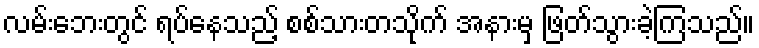
လမ်းဘေးတွင် ရပ်နေသည့် စစ်သားတသိုက် အနားမှ ဖြတ်သွားခဲ့ကြသည်။